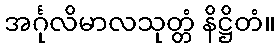
အင်္ဂုလိမာလသုတ္တံ နိဋ္ဌိတံ။